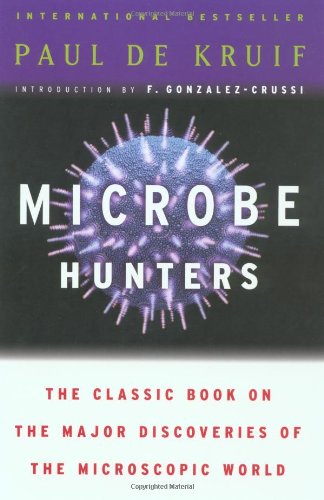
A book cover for Microbe Hunters; Paul de Kruif; Medical Books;